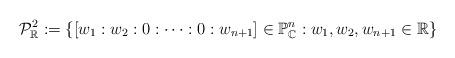
LaTeX: \begin{align*}\mathcal{P}_\mathbb{R}^2:=\{[w_1:w_2:0:\cdots:0:w_{n+1}] \in \mathbb{P}_{\mathbb{C}}^{n}:w_1,w_2,w_{n+1}\in \mathbb{R}\}\end{align*}